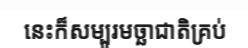
នេះក៏សម្បូរមច្ឆាជាតិគ្រប់